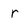
Character: r